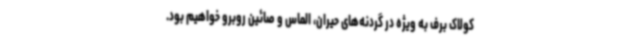
کولاک برف به ویژه در گردنه‌های حیران، الماس و صائین روبرو خواهیم بود.